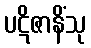
ပဋိဇာနိံသု